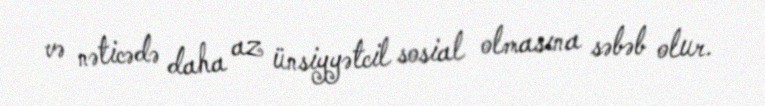
və nəticədə daha az ünsiyyətcil sosial olmasına səbəb olur.